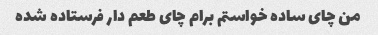
من چای ساده خواستم برام چای طعم دار فرستاده شده